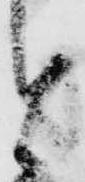
と